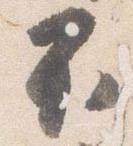
不